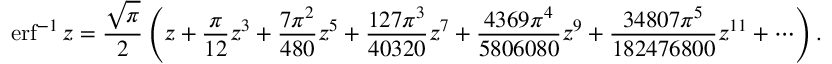
\operatorname { e r f } ^ { - 1 } z = { \frac { \sqrt { \pi } } { 2 } } \left( z + { \frac { \pi } { 1 2 } } z ^ { 3 } + { \frac { 7 \pi ^ { 2 } } { 4 8 0 } } z ^ { 5 } + { \frac { 1 2 7 \pi ^ { 3 } } { 4 0 3 2 0 } } z ^ { 7 } + { \frac { 4 3 6 9 \pi ^ { 4 } } { 5 8 0 6 0 8 0 } } z ^ { 9 } + { \frac { 3 4 8 0 7 \pi ^ { 5 } } { 1 8 2 4 7 6 8 0 0 } } z ^ { 1 1 } + \cdots \right) .